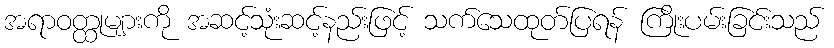
အရာဝတ္ထုများကို အဆင့်သုံးဆင့်နည်းဖြင့် သက်သေထုတ်ပြရန် ကြိုးပမ်းခြင်းသည်